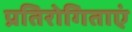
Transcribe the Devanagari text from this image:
प्रतिरोगिताएं